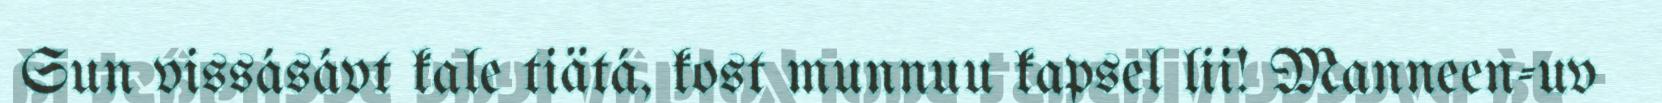
Sun vissásávt kale tiätá, kost munnuu kapsel lii! Manneen-uv